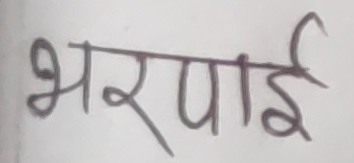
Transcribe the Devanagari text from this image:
भरपाई